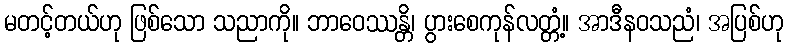
မတင့်တယ်ဟု ဖြစ်သော သညာကို။ ဘာဝေဿန္တိ၊ ပွားစေကုန်လတ္တံ့။ အာဒီနဝသညံ၊ အပြစ်ဟု